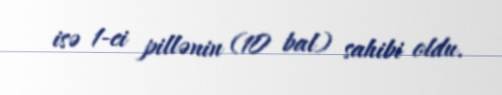
isə 1-ci pillənin (10 bal) sahibi oldu.